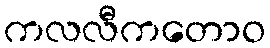
ကလလီကတောဝ